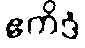
ဧကိဒံ